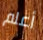
أعلم